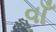
વાઁ